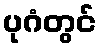
ပုဂံတွင်